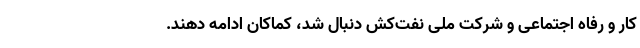
کار و رفاه اجتماعی و شرکت ملی نفت‌کش دنبال شد، کماکان ادامه دهند.